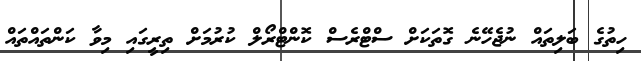
ހިތުގެ ބަލިތައް ނުޖެހޭނެ ގޮތަކަށް ސްޓްރެސް ކޮންޓްރޯލް ކުރުމަށް ތިރީގައި މިވާ ކަންތައްތައް